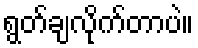
ရွတ်ချလိုက်တာပဲ။